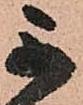
不